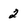
Character: 2